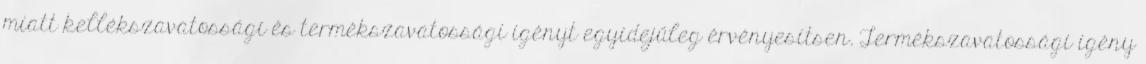
miatt kellékszavatossági és termékszavatossági igényt egyidejűleg érvényesítsen. Termékszavatossági igény